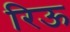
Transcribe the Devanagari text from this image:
रिऊ